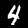
Digit: 4